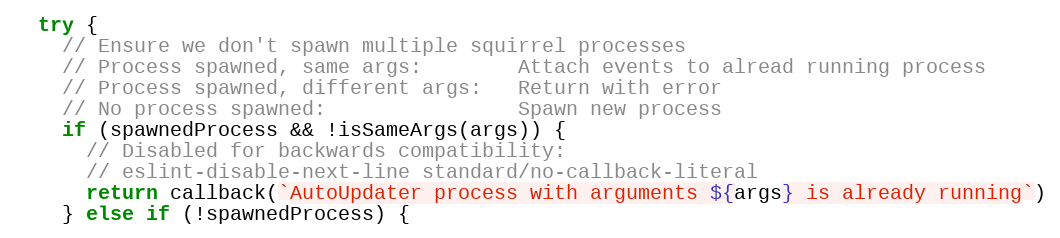
Language: JavaScript
  try {
    // Ensure we don't spawn multiple squirrel processes
    // Process spawned, same args:        Attach events to alread running process
    // Process spawned, different args:   Return with error
    // No process spawned:                Spawn new process
    if (spawnedProcess && !isSameArgs(args)) {
      // Disabled for backwards compatibility:
      // eslint-disable-next-line standard/no-callback-literal
      return callback(`AutoUpdater process with arguments ${args} is already running`)
    } else if (!spawnedProcess) {